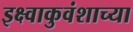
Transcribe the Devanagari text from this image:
इक्ष्वाकुवंशाच्या